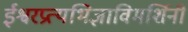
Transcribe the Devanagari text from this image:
ईश्वरप्रत्यभिज्ञाविमर्शिनी